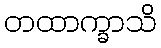
တထာက္ခာသိ